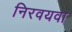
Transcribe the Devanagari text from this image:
निरवयवा